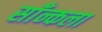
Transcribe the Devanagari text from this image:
साँन्कला